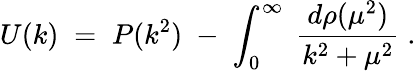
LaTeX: U(k)\; =\; P(k^{2})\; -\; \int_{0}^{\infty}\; \frac{d\rho(\mu^{2})}{k^{2}+\mu^{2}}\; .